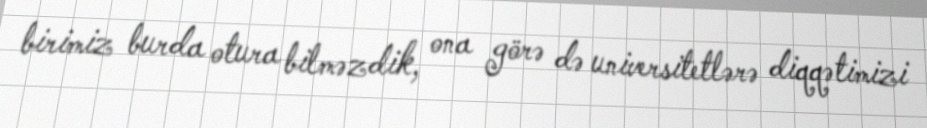
birimiz burda otura bilməzdik, ona görə də universitetlərə diqqətimizi